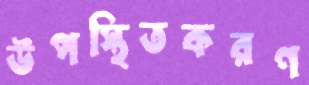
উপস্থিতকরণ